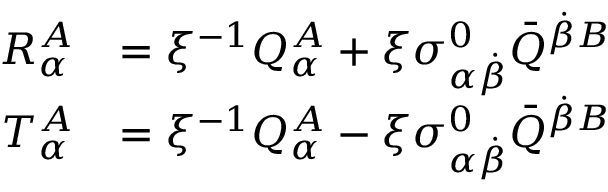
{ \begin{array} { r l } { R _ { \alpha } ^ { A } } & { = \xi ^ { - 1 } Q _ { \alpha } ^ { A } + \xi \sigma _ { \alpha { \dot { \beta } } } ^ { 0 } { \bar { Q } } ^ { { \dot { \beta } } B } } \\ { T _ { \alpha } ^ { A } } & { = \xi ^ { - 1 } Q _ { \alpha } ^ { A } - \xi \sigma _ { \alpha { \dot { \beta } } } ^ { 0 } { \bar { Q } } ^ { { \dot { \beta } } B } } \end{array} }